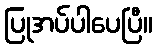
ပြုအပ်ပါပေပြီ။